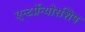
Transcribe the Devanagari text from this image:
एन्टर्प्रेन्योरशिप